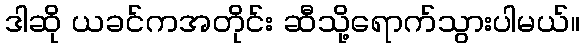
ဒါဆို ယခင်ကအတိုင်း ဆီသို့ရောက်သွားပါမယ်။